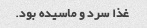
غذا سرد و ماسیده بود.